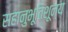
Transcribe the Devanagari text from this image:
सहानुभूतिशून्य